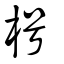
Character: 枵